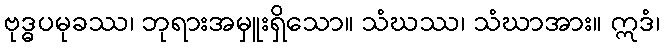
ဗုဒ္ဓပမုခဿ၊ ဘုရားအမှူးရှိသော။ သံဃဿ၊ သံဃာအား။ ဣဒံ၊